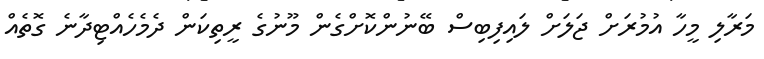
މަރާލި މީހާ އުމުރަށް ޖަލަށް ލައިފިބިސް ބޭނުންކޮށްގެން މޫނުގެ ރީތިކަން ދެމެހެއްޓިދާނެ ގޮތެއް